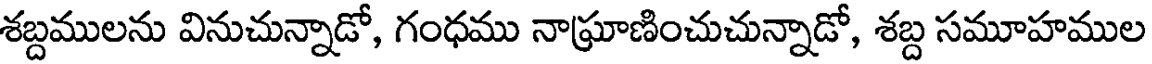
శబ్దములను వినుచున్నాడో, గంధము నాఘ్రాణించుచున్నాడో, శబ్ద సమూహముల